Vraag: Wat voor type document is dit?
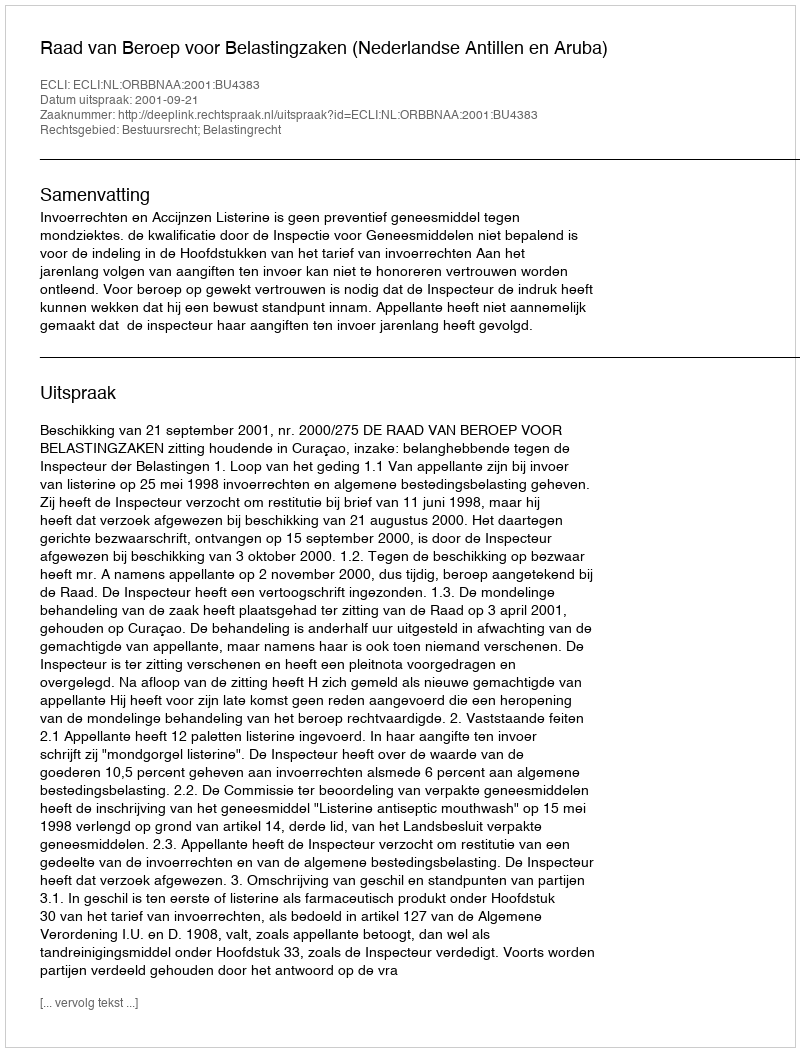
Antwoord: Uitspraak